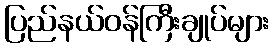
ပြည်နယ်ဝန်ကြီးချုပ်များ